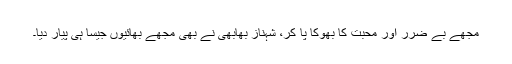
مجھے بے ضرر اور محبت کا بھوکا پا کر، شہناز بھابھی نے بھی مجھے بھائیوں جیسا ہی پیار دیا۔